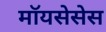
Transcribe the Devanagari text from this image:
मॉयसेसेस